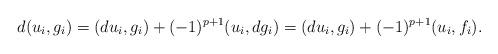
LaTeX: \begin{align*}d(u_{i}, g_{i}) &= (du_{i}, g_{i}) + (-1)^{p+1}(u_{i}, dg_{i}) = (du_{i}, g_{i}) + (-1)^{p+1}(u_{i}, f_{i}). \end{align*}